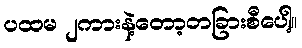
ပထမ ၂ကားနဲ့တော့တခြားစီပေါ့။